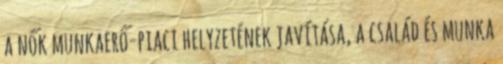
a nők munkaerő-piaci helyzetének javítása, a család és munka